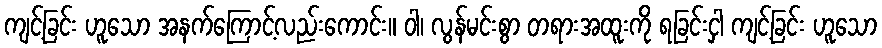
ကျင့်ခြင်း ဟူသော အနက်ကြောင့်လည်းကောင်း။ ဝါ၊ လွန်မင်းစွာ တရားအထူးကို ရခြင်းငှါ ကျင့်ခြင်း ဟူသော